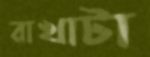
রাখাটা